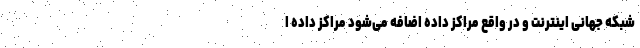
شبکه جهانی اینترنت و در واقع مراکز داده اضافه می‌شود مراکز داده ا